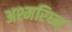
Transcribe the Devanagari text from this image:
अश्मरिघ्न